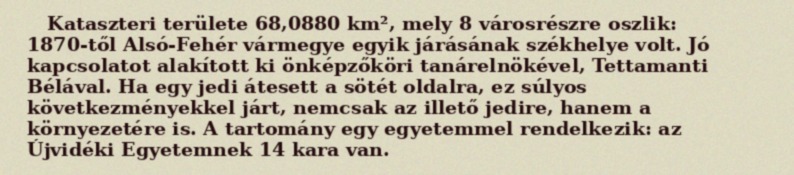
Kataszteri területe 68,0880 km², mely 8 városrészre oszlik: 1870-től Alsó-Fehér vármegye egyik járásának székhelye volt. Jó kapcsolatot alakított ki önképzőköri tanárelnökével, Tettamanti Bélával. Ha egy jedi átesett a sötét oldalra, ez súlyos következményekkel járt, nemcsak az illető jedire, hanem a környezetére is. A tartomány egy egyetemmel rendelkezik: az Újvidéki Egyetemnek 14 kara van.